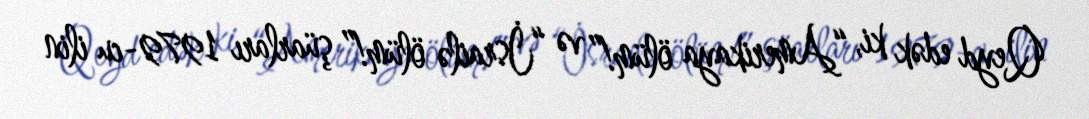
Qeyd edək ki, “Amerikaya ölüm!” və “İsrailə ölüm!” şüarları 1979-cu ilin